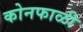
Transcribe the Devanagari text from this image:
कोनफाळी